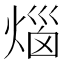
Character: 𤊲